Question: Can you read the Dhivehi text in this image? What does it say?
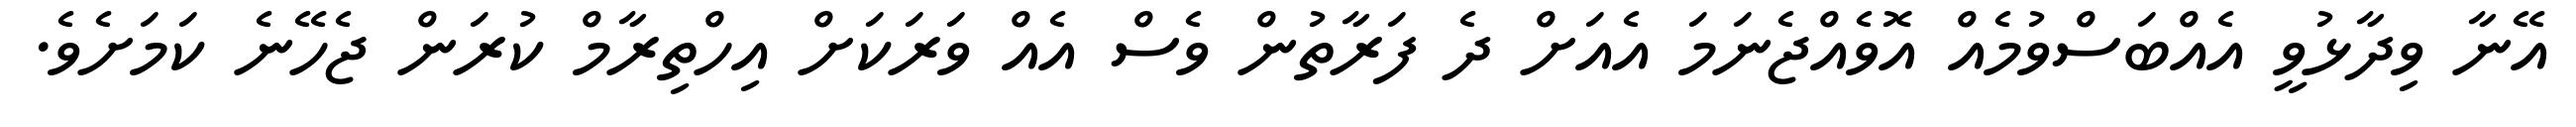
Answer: އޭނާ ވިދާޅުވީ އެއްބަސްވުމެއް އޮވެއްޖެނަމަ އެއަށް ދެ ފަރާތުން ވެސް އެއް ވަރަކަށް އިހްތިރާމް ކުރަން ޖެހޭނެ ކަމަށެވެ.